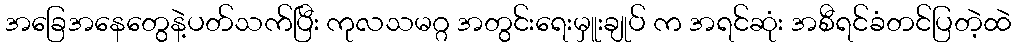
အခြေအနေတွေနဲ့ပတ်သက်ပြီး ကုလသမဂ္ဂ အတွင်းရေးမှူးချုပ် က အရင်ဆုံး အစီရင်ခံတင်ပြတဲ့ထဲ